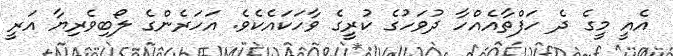
އެއީ މީގެ ދެ ހަފްތާއެއްހާ ދުވަހުގެ ކުރީގެ ވާހަކައެކެވެ. އަހަރެންގެ ލޯބިވެރިޔާ އަރީ